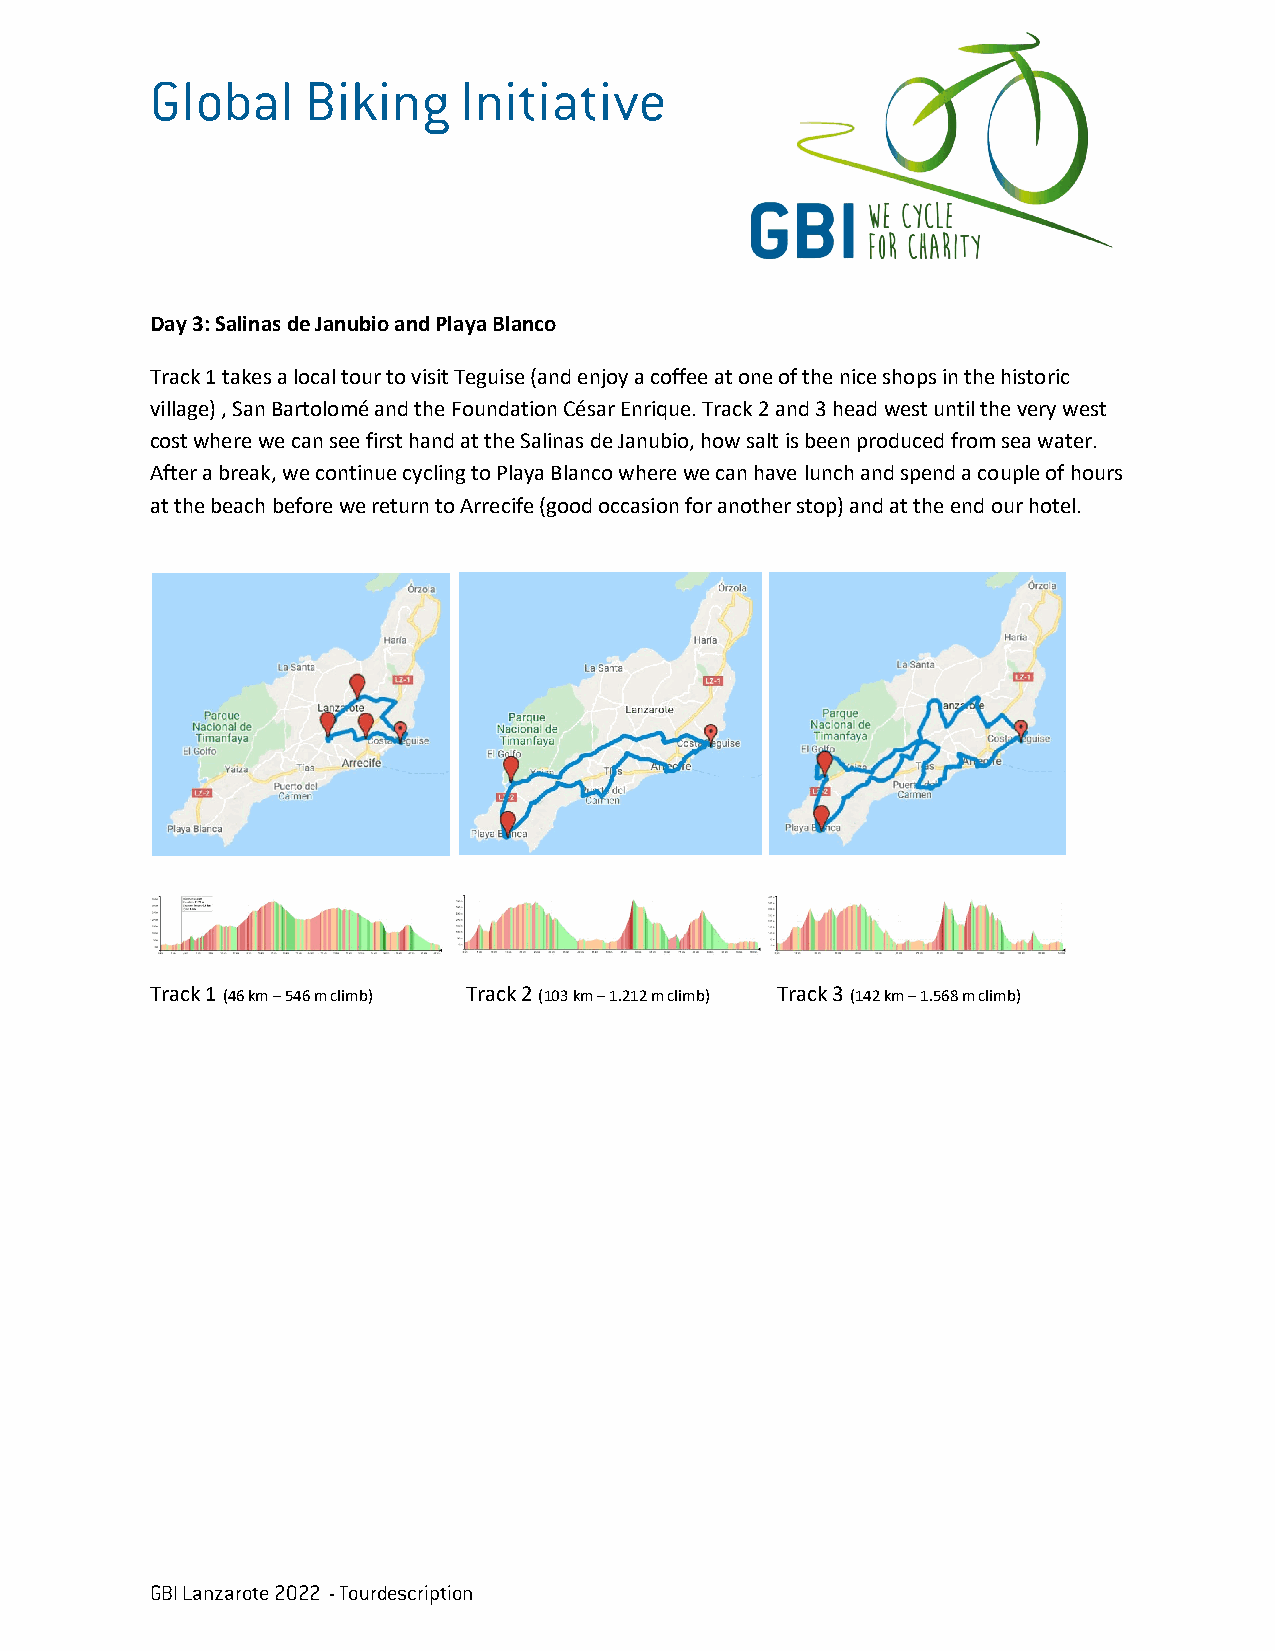
Global    Biking    Initiative
 Day 3: Salinas de Janubio and Playa Blanco
 Track 1 takes a local tour to visit Teguise (and enjoy a coffee at one of the nice shops in the historic
 village) , San Bartolomé and the Foundation César Enrique. Track 2 and 3 head west until the very west
 cost where we can see first hand at the Salinas de Janubio, how salt is been produced from sea water.
 After a break, we continue cycling to Playa Blanco where we can have lunch and spend a couple of hours
 at the beach before we return to Arrecife (good occasion for another stop) and at the end our hotel.
 Track 1 (46 km – 546 m climb) Track 2 (103 km – 1.212 m climb) Track 3 (142 km – 1.568 m climb)
 GBI Lanzarote 2022 - Tourdescription